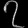
Digit: ၇